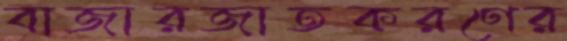
বাজারজাতকরণের